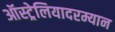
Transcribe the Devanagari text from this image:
ऑस्ट्रेलियादरम्यान